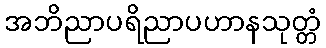
အဘိညာပရိညာပဟာနသုတ္တံ